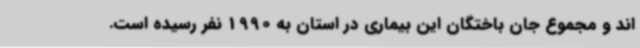
اند و مجموع جان باختگان این بیماری در استان به 1990 نفر رسیده است.